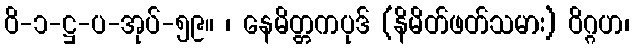
ဝိ-၁-ဋ္ဌ-ပ-အုပ်-၅၉။ ၊ နေမိတ္တကပုဒ် (နိမိတ်ဖတ်သမား) ဝိဂ္ဂဟ၊